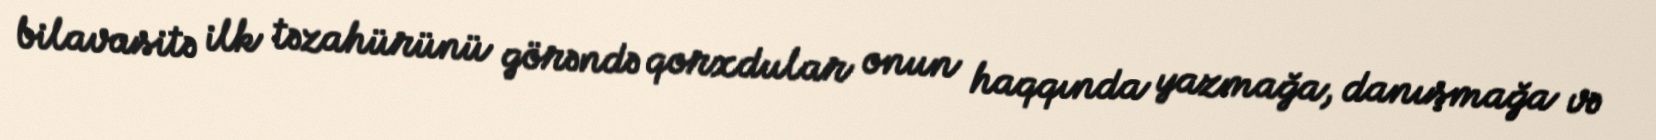
bilavasitə ilk təzahürünü görəndə qorxdular onun haqqında yazmağa, danışmağa və